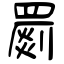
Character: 罽